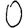
Digit: 0